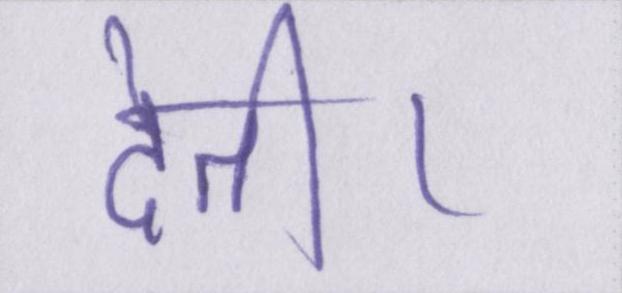
देती।